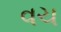
વચ